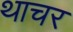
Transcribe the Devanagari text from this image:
थाचर